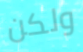
ولكن